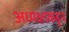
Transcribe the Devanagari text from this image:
अध्यक्षाकडून